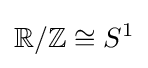
\mathbb {R} /\mathbb {Z} \cong S^{1}